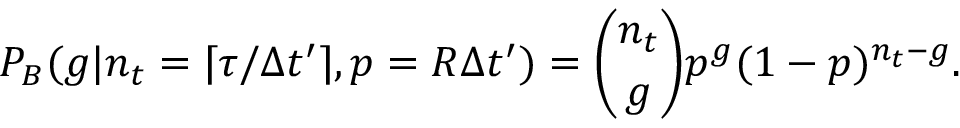
P _ { B } ( g | n _ { t } = \lceil \tau / \Delta t ^ { \prime } \rceil , p = R \Delta t ^ { \prime } ) = \binom { n _ { t } } { g } p ^ { g } ( 1 - p ) ^ { n _ { t } - g } .